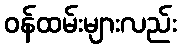
ဝန်ထမ်းများလည်း